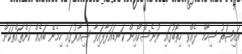
އައިޝަތު ޝިހާމް ދެއްވި ހިތޯބުގައި ޔުނެސްކޯއިން ކަނޑައަޅާފައިވާ ޝިއާރުގައި ހިމެނޭ ބައެއް ކަންތައްތަކަށް